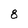
Character: 8